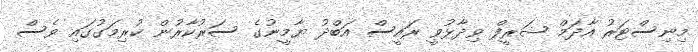
މިނިސްޓަރު އާދަމް ޝަރީފް ވިދާޅުވީ ރައީސް އަބްދު ޔާމީނުގެ ސަރުކާރުން ކުރިމަގުގައި ވެސް